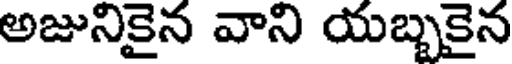
అజునికైన వాని యబ్బకైన